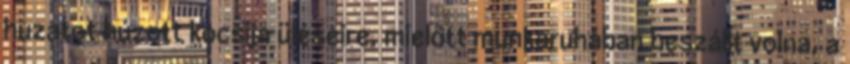
huzatot húzott kocsija üléseire, mielőtt munkaruhában beszállt volna, a